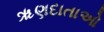
ૠણદાતાઓ